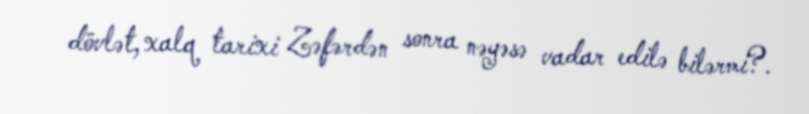
dövlət, xalq tarixi Zəfərdən sonra nəyəsə vadar edilə bilərmi?.